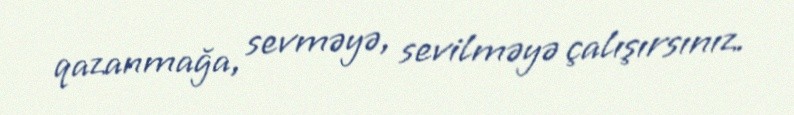
qazanmağa, sevməyə, sevilməyə çalışırsınız.